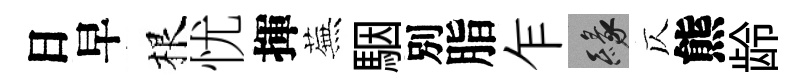
日早根忧揮蕪駰別脂乍緣仄熊龄